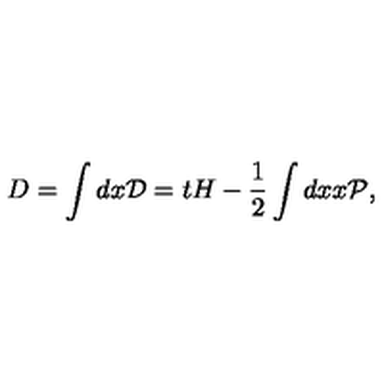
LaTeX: D = \int d x { \cal D } = t H - { \frac { 1 } { 2 } } \int d x x \cal { P } ,